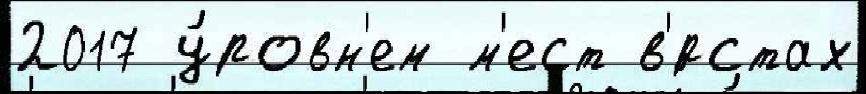
2017 у́ровн'ем м'ест в'́рстах